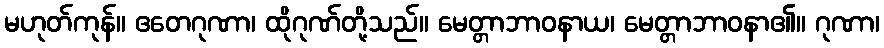
မဟုတ်ကုန်။ ဧတေဂုဏာ၊ ထိုဂုဏ်တို့သည်။ မေတ္တာဘာဝနာယ၊ မေတ္တာဘာဝနာ၏။ ဂုဏာ၊